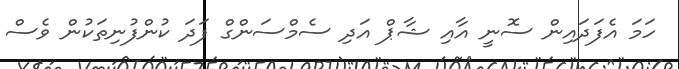
ހަމަ އެފަދައިން ސޮނީ އާއި ޝާޕް އަދި ސެމްސަންގް ފަދަ ކުންފުނިތަކުން ވެސް